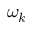
\omega _ { k }